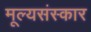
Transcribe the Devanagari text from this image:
मूल्यसंस्कार